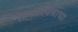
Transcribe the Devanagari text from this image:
तमालपत्राचा